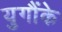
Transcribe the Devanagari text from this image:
युगौंके